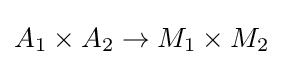
A_{1}\times A_{2}\to M_{1}\times M_{2}